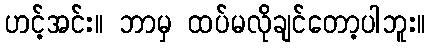
ဟင့်အင်း။ ဘာမှ ထပ်မလိုချင်တော့ပါဘူး။